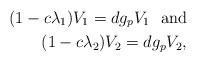
LaTeX: \begin{align*} (1-c\lambda_1)V_1 = dg_pV_1 \ \ \mathrm{and}\\ (1-c\lambda_2)V_2 = dg_pV_2, \end{align*}